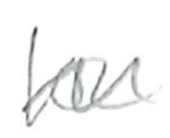
Text: for
Cross-out: zig-zag
Writing tool: pencil